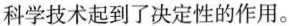
科学技术起到了决定性的作用。